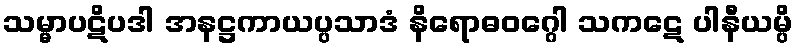
သမ္မာပဋိပဒါ အနဋ္ဌကာယပ္ပသာဒံ နိရောဓဝဂ္ဂေါ သကဋေ ပါနီယမ္ပိ